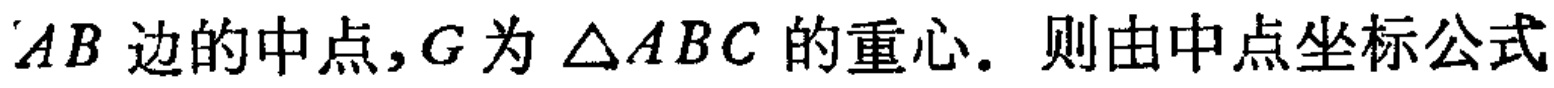
$AB边的中点,G为\triangle ABC的重心. 则由中点坐标公式$